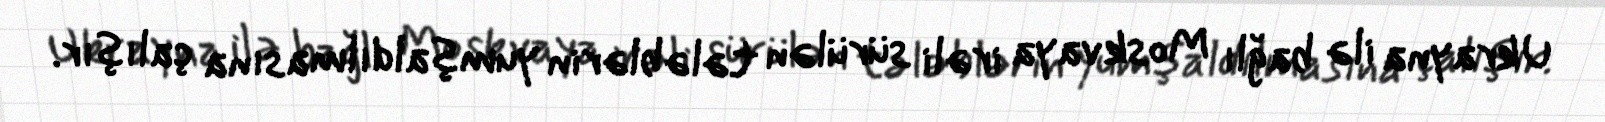
Ukrayna ilə bağlı Moskvaya irəli sürülən tələblərin yumşaldılmasına çalışır.